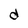
Character: d